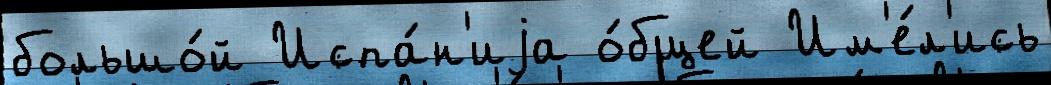
большо́й Испа́н'иjа о́бщей Им'е́л'ись